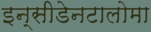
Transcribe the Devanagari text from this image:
इन्सीडेनटालोमा